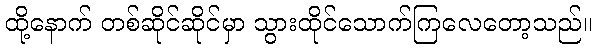
ထို့နောက် တစ်ဆိုင်ဆိုင်မှာ သွားထိုင်သောက်ကြလေတော့သည်။